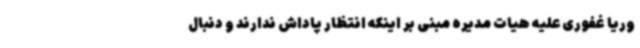
وریا غفوری علیه هیات مدیره مبنی بر اینکه انتظار پاداش ندارند و دنبال